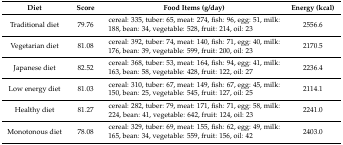
| Diet | Score | Food Items (g/day) | Energy (kcal) |
 | --- | --- | --- | --- |
 | Traditional diet | 79.76 | cereal: 335, tuber: 65, meat: 274, fish: 96, egg: 51, milk: 188, bean: 34, vegetable: 528, fruit: 214, oil: 23 | 2556.6 |
 | Vegetarian diet | 81.08 | cereal: 392, tuber: 74, meat: 140, fish: 71, egg: 40, milk: 176, bean: 39, vegetable: 599, fruit: 200, oil: 23 | 2170.5 |
 | Japanese diet | 82.52 | cereal: 368, tuber: 53, meat: 164, fish: 94, egg: 41, milk: 163, bean: 58, vegetable: 428, fruit: 122, oil: 27 | 2236.4 |
 | Low energy diet | 81.03 | cereal: 310, tuber: 67, meat: 149, fish: 67, egg: 45, milk: 150, bean: 25, vegetable: 545, fruit: 127, oil: 25 | 2114.1 |
 | Healthy diet | 81.27 | cereal: 282, tuber: 79, meat: 171, fish: 71, egg: 58, milk: 224, bean: 41, vegetable: 642, fruit: 124, oil: 23 | 2241.0 |
 | Monotonous diet | 78.08 | cereal: 329, tuber: 69, meat: 155, fish: 62, egg: 49, milk: 165, bean: 34, vegetable: 559, fruit: 156, oil: 42 | 2403.0 |